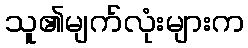
သူ၏မျက်လုံးများက